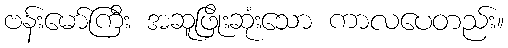
ဗန်းမော်ကြီး အဆူဖြိုးဆုံးသော ကာလပေတည်း။